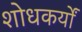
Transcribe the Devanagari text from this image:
शोधकर्यों